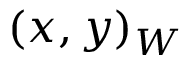
( x , y ) _ { W }